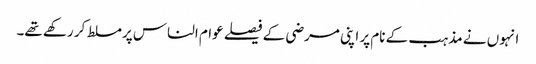
انہوں نے مذہب کے نام پر اپنی مرضی کے فیصلے عوام الناس پرمسلط کر رکھے تھے۔